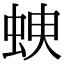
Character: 𧊠